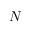
N